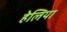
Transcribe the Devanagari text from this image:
हेलिया